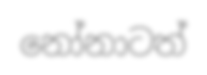
නෝනාටත්